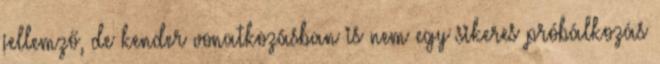
jellemző, de kender vonatkozásban is nem egy sikeres próbálkozás